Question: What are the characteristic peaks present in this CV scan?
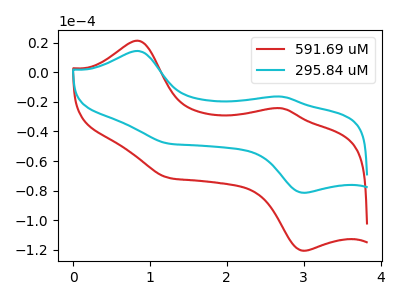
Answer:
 <answer>The red curve "591.69 uM" has anodic peaks at (0.85V, 21.40uA) (2.70V, -24.40uA) and cathodic peaks at (3.00V, -120.70uA) (1.25V, -71.35uA). The cyan curve "295.84 uM" has anodic peaks at (0.85V, 14.45uA) (2.70V, -16.50uA) and cathodic peaks at (3.00V, -81.50uA) (1.25V, -48.15uA).</answer>
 <eval></eval>